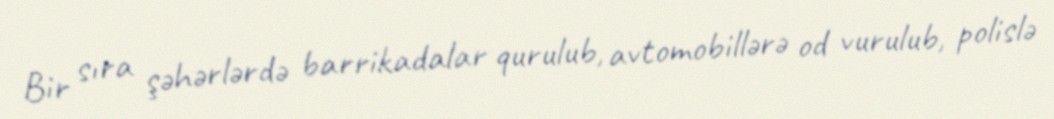
Bir sıra şəhərlərdə barrikadalar qurulub, avtomobillərə od vurulub, polislə